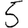
Digit: 5